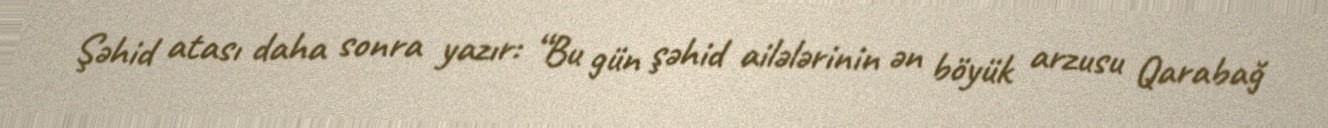
Şəhid atası daha sonra yazır: “Bu gün şəhid ailələrinin ən böyük arzusu Qarabağ